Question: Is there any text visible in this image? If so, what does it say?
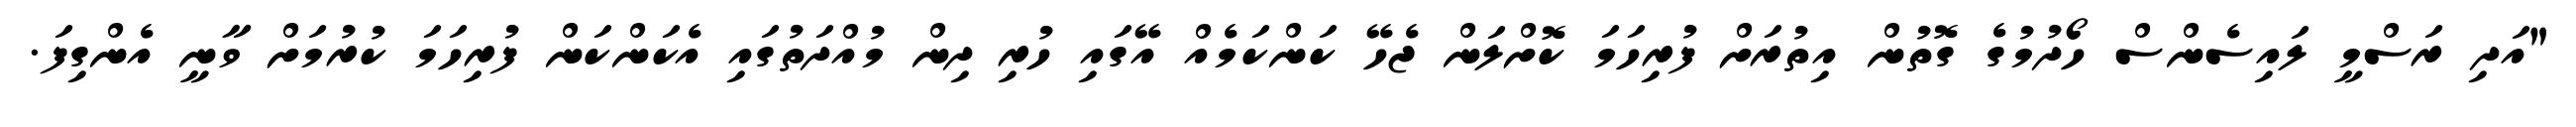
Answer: "އަދި ރަސްމީ ލައިސެންސް ހޯދުމުގެ ގޮތުން އިތުރަށް ފުރިހަމަ ކޮށްލަން ޖެހޭ ކަންކަމެއް އޭގައި ހުރި ދިން މުއްދަތުގައި އެކަންކަން ފުރިހަމަ ކުރުމަށް ވާނީ އެންގިފަ.